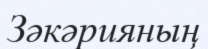
Зәкәрияның